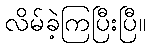
လိမ်ခဲ့ကြပြီးပြီ။